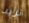
تريد